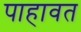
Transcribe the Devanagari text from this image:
पाहावत